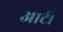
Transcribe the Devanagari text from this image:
आर्ट।